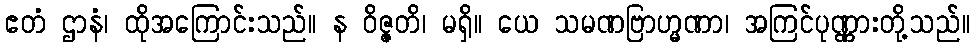
ဧတံ ဌာနံ၊ ထိုအကြောင်းသည်။ န ဝိဇ္ဇတိ၊ မရှိ။ ယေ သမဏဗြာဟ္မဏာ၊ အကြင်ပုဏ္ဏားတို့သည်။